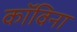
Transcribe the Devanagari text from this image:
कॉविना